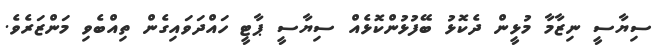
ސިޔާސީ ނިޒާމާ މުޅީން ދެކޮޅު ބޭފުޅުންކޮޅެއް ސިޔާސީ ޕާޓީ ހައްދަވައިގެން ތިއްބެވި މަންޒަރެވެ.